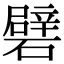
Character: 礕